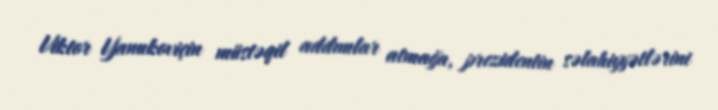
Viktor Yanukoviçin müstəqil addımlar atmağa, prezidentin səlahiyyətlərini